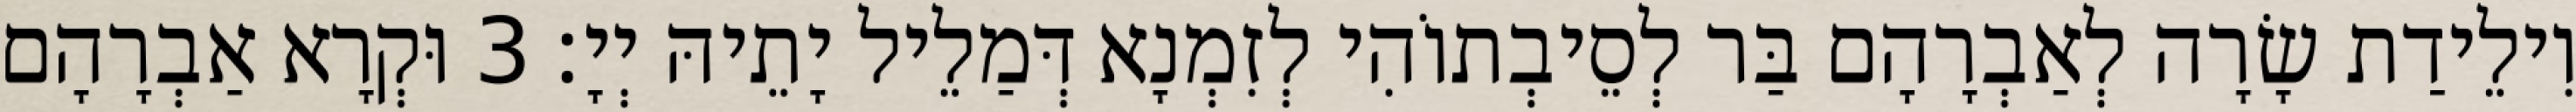
וִילֵידַת שָׂרָה לְאַבְרָהָם בַּר לְסֵיבְתוֹהִי לְזִמְנָא דְּמַלֵיל יָתֵיהּ יְיָ׃ 3 וּקְרָא אַבְרָהָם